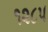
૧૨૮૫